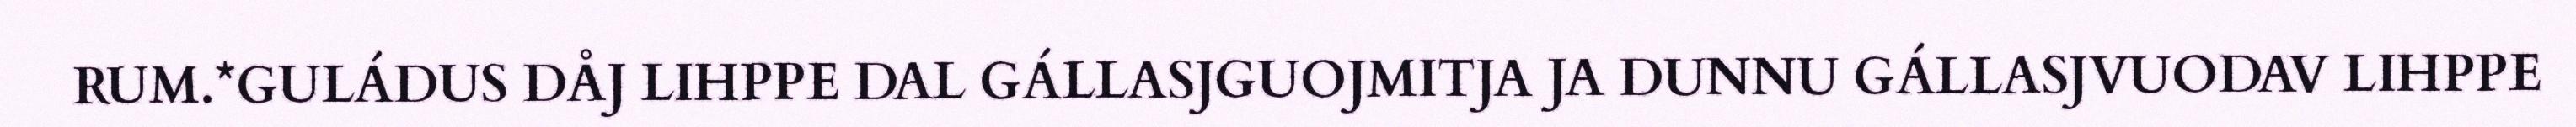
RUM.*GULÁDUS DÅJ LIHPPE DAL GÁLLASJGUOJMITJA JA DUNNU GÁLLASJVUODAV LIHPPE